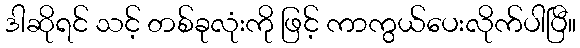
ဒါဆိုရင် သင့် တစ်ခုလုံးကို ဖြင့် ကာကွယ်ပေးလိုက်ပါပြီ။